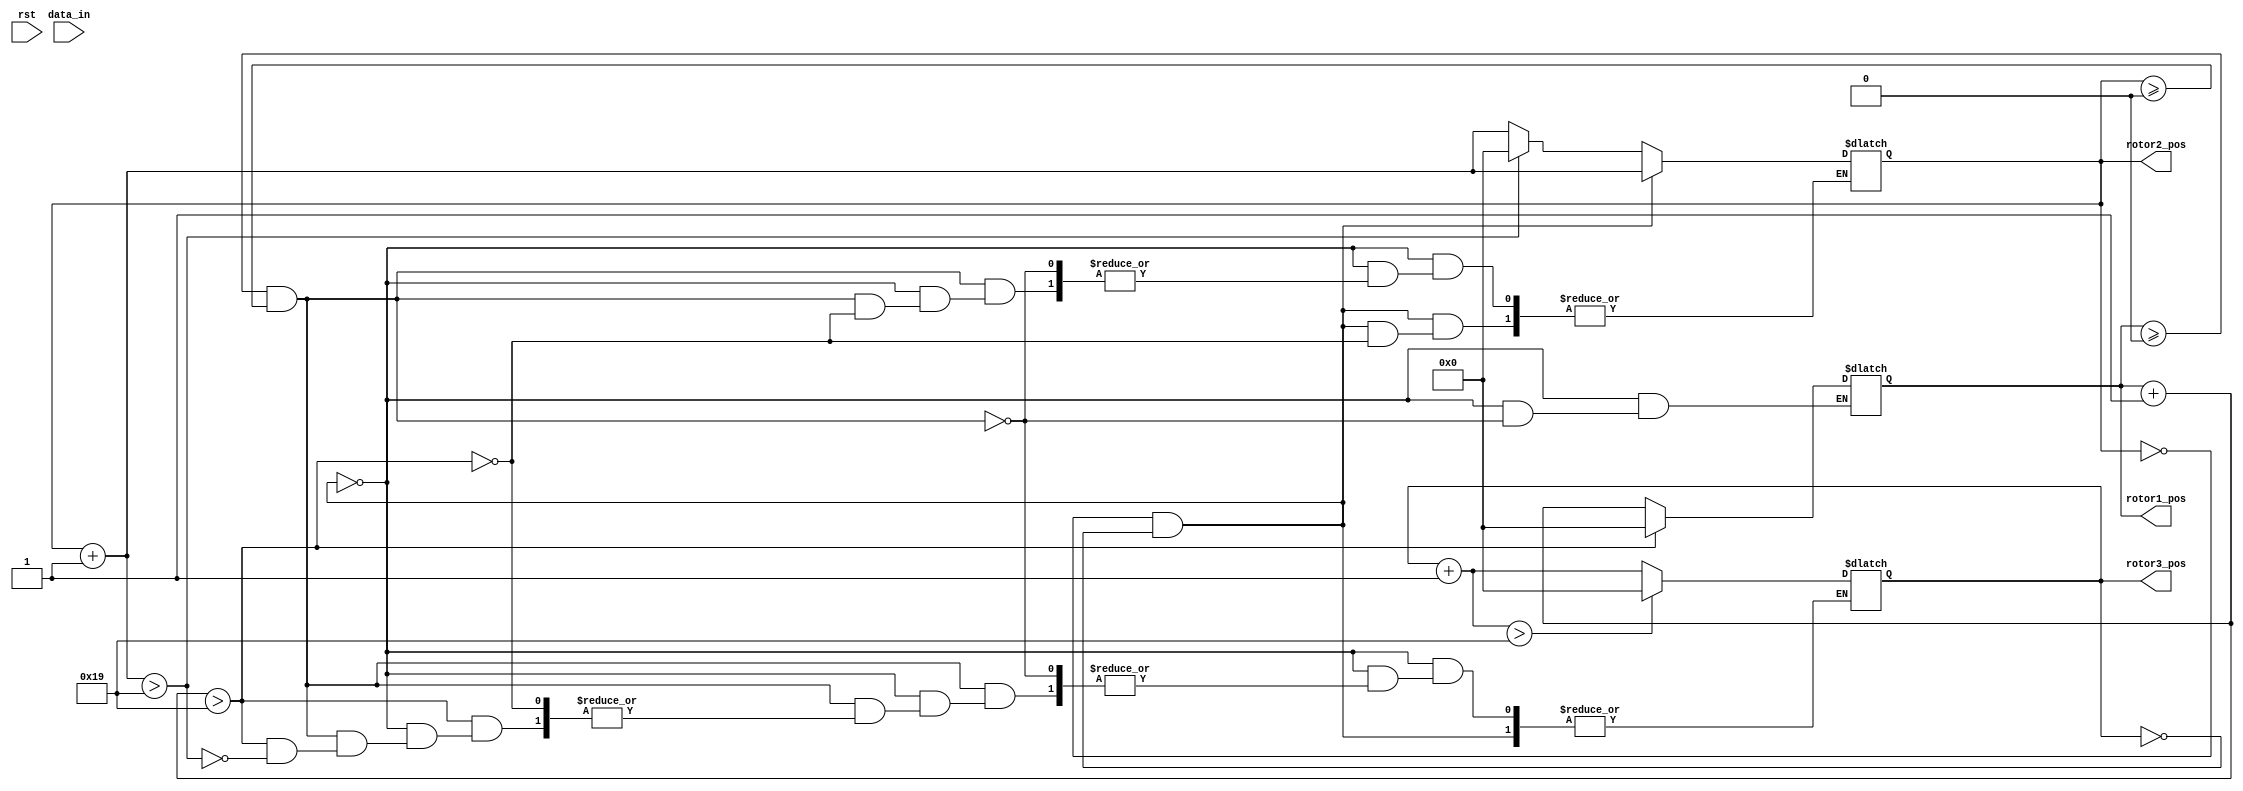
`timescale 1ns / 1ps
//////////////////////////////////////////////////////////////////////////////////
// Create Date: 
// Design Name: rotation_engine
// Module Name: rotation_engine
// Project Name: ENIGMA551
//////////////////////////////////////////////////////////////////////////////////
module rotation_engine(
    input rst,
    input [5:0]data_in,
    output reg [5:0] rotor1_pos, 
    output reg [5:0] rotor2_pos, 
    output reg [5:0] rotor3_pos
    );
  
    
    initial 
    begin
    rotor1_pos <= 6'd000000;
    rotor2_pos <= 6'd000000;
    rotor3_pos <= 6'd000000;
    end
    /*
    always@(rst)begin
    rotor1_pos <= 6'd000000;
    rotor2_pos <= 6'd000000;
    rotor3_pos <= 6'd000000;
    end
    */
/*
always @ (data_in) 
begin
if(rotor1_pos==6'd0)begin
rotor1_pos = rotor1_pos + 6'd1; 
if (rotor1_pos > 6'd26) 
begin 
rotor1_pos = 6'd1;
rotor2_pos = rotor2_pos + 6'd1; 
            if (rotor2_pos > 6'd26) 
            begin 
                rotor2_pos = 6'd1;
                rotor3_pos = rotor3_pos + 6'd1; 
                if (rotor3_pos > 6'd26) 
                begin 
                    rotor3_pos= 6'd1;
                end
            end
        end
        
end
end
*/

always@(data_in)begin
if(rotor2_pos==6'd0&&rotor3_pos==6'd0)begin
rotor1_pos=rotor1_pos+6'd1;
if(rotor1_pos>6'd25)begin
rotor1_pos=6'd0;
rotor2_pos=rotor2_pos+6'd1;
end
end
else
if(rotor1_pos>=6'd0&&rotor2_pos>=6'd0)begin
rotor1_pos=rotor1_pos+6'd1;
  if(rotor1_pos>6'd25)begin
  rotor1_pos=6'd0;
  rotor2_pos=rotor2_pos+6'd1;
  if(rotor2_pos>6'd25)begin
  rotor2_pos=6'd0;
  rotor3_pos=rotor3_pos+6'd1;
    if(rotor3_pos>6'd25)begin
    rotor1_pos=6'd0;
    rotor2_pos=6'd0;
    rotor3_pos=6'd0;
    end
  end
  end
end




end

endmodule